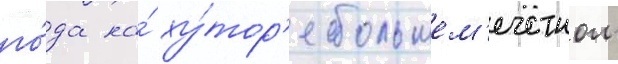
го́да на́ ху́тор'е большем'ечетном